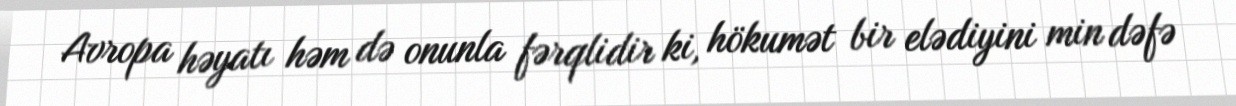
Avropa həyatı həm də onunla fərqlidir ki, hökumət bir elədiyini min dəfə